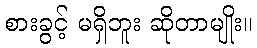
စားခွင့် မရှိဘူး ဆိုတာမျိုး။